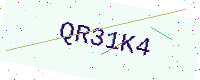
Text: QR31K4